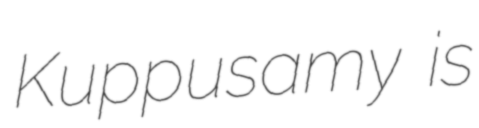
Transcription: Kuppusamy is